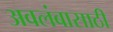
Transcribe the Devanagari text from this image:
अवलंबासाठी